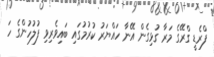
ފްރެޑީ ގްރޭގެ މަރާ ގުޅިގެން އޭނާ ހައްޔަރު ކުރުމުގައި ބައިވެރިވި ފުލުހުންގެ ހަ